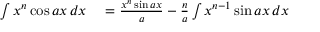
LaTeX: \begin{array} { r l } { \int x ^ { n } \cos a x \, d x } & { { } = { \frac { x ^ { n } \sin a x } { a } } - { \frac { n } { a } } \int x ^ { n - 1 } \sin a x \, d x } \end{array}